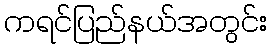
ကရင်ပြည်နယ်အတွင်း